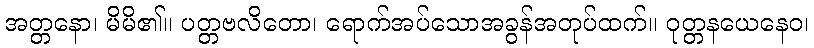
အတ္တနော၊ မိမိ၏။ ပတ္တဗလိတော၊ ရောက်အပ်သောအခွန်အတုပ်ထက်။ ဝုတ္တနယေနေဝ၊